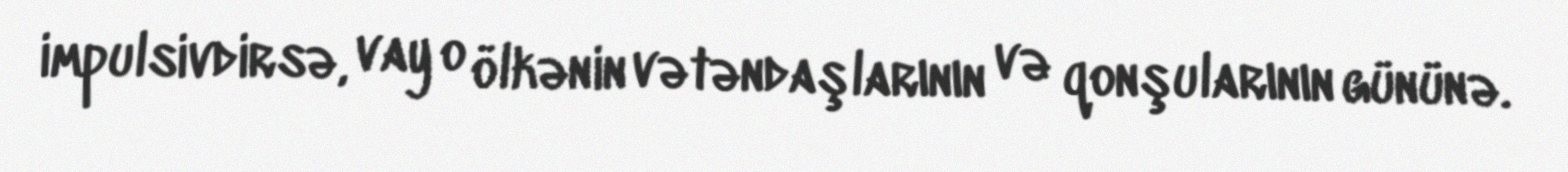
impulsivdirsə, vay o ölkənin vətəndaşlarının və qonşularının gününə.